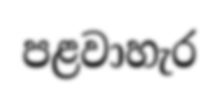
පළවාහැර